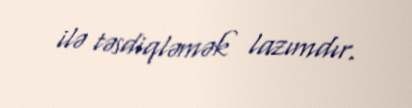
ilə təsdiqləmək lazımdır.